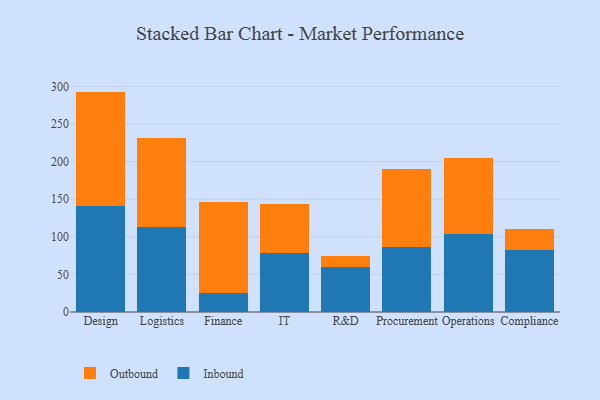
{"axis": {"x": "Department", "y": "Shipments"}, "legend": ["Inbound", "Outbound"], "data": [{"x": "Design", "y": 140.4, "type": "Inbound"}, {"x": "Design", "y": 152.8, "type": "Outbound"}, {"x": "Logistics", "y": 112.6, "type": "Inbound"}, {"x": "Logistics", "y": 118.5, "type": "Outbound"}, {"x": "Finance", "y": 25.4, "type": "Inbound"}, {"x": "Finance", "y": 120.7, "type": "Outbound"}, {"x": "IT", "y": 78.7, "type": "Inbound"}, {"x": "IT", "y": 64.7, "type": "Outbound"}, {"x": "R&D", "y": 59.4, "type": "Inbound"}, {"x": "R&D", "y": 15.4, "type": "Outbound"}, {"x": "Procurement", "y": 86.8, "type": "Inbound"}, {"x": "Procurement", "y": 103.1, "type": "Outbound"}, {"x": "Operations", "y": 104.4, "type": "Inbound"}, {"x": "Operations", "y": 100.9, "type": "Outbound"}, {"x": "Compliance", "y": 82.5, "type": "Inbound"}, {"x": "Compliance", "y": 27.4, "type": "Outbound"}]}